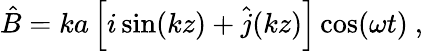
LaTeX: \hat{B}=ka\left[i\sin(kz)+\hat{j}(kz)\right]\cos(\omega t)\ ,